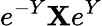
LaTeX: e^{-Y}\mathbf{X}e^{Y}